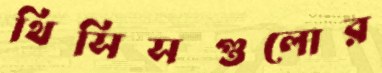
থিসিসগুলোর